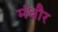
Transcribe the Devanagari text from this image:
मंधौर